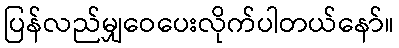
ပြန်လည်မျှဝေပေးလိုက်ပါတယ်နော်။